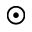
_ { \odot }